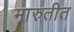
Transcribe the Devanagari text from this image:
मारुतीत